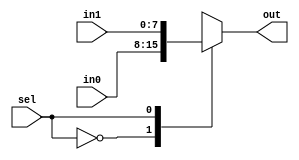
`timescale 1ns / 1ps
//////////////////////////////////////////////////////////////////////////////////
// Company: 
// Engineer: 
// 
// Design Name: 
// Module Name: MUXXX
// Project Name: 
// Target Devices: 
// Tool Versions: 
// Description: 
// 
// Dependencies: 
// 
// Revision:
// Revision 0.01 - File Created
// Additional Comments:
// 
//////////////////////////////////////////////////////////////////////////////////


module MUXXX(output reg[7:0] out,
             input sel,
             input[7:0] in0,in1 );
             
             always @(*)
             case(sel)
             0:out=in0;
             1:out=in1;
             endcase
             
endmodule